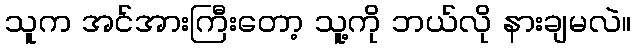
သူက အင်အားကြီးတော့ သူ့ကို ဘယ်လို နားချမလဲ။